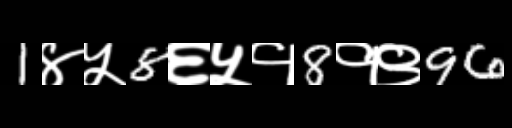
Text: 1४५8६५१8१९96